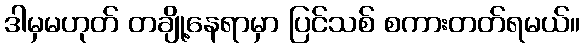
ဒါမှမဟုတ် တချို့နေရာမှာ ပြင်သစ် စကားတတ်ရမယ်။